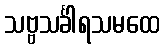
သဗ္ဗသင်္ခါရသမထေ